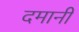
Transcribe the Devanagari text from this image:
दमानी